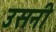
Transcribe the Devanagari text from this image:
उसनी